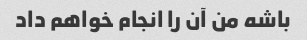
باشه من آن را انجام خواهم داد